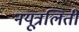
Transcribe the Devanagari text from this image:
नयूत्रलिती